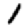
Digit: 1